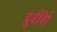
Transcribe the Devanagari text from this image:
दुर्दर्शि